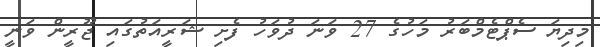
މިދިޔަ ސެޕްޓެމްބަރު މަހުގެ 27 ވަނަ ދުވަހު ފެށި ޝަރީއަތުގައި ޖޫރީން ވަނީ